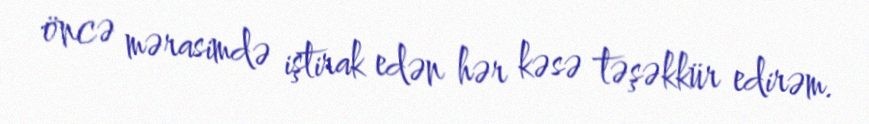
öncə mərasimdə iştirak edən hər kəsə təşəkkür edirəm.